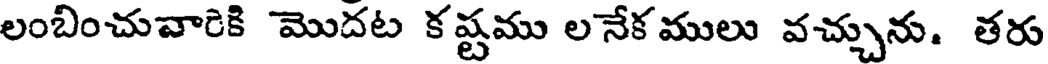
లంబించువారికి మొదట క ష్టము ల నేక ములు వచ్చును. తరు